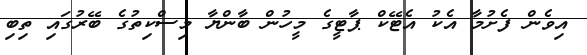
އިވެން ފެށުމާ އެކު އެޓޭކް ޕާޓީގެ މީހުން ބާންޔާ މިސްކިތުގެ ބޭރުގައި ތިބި